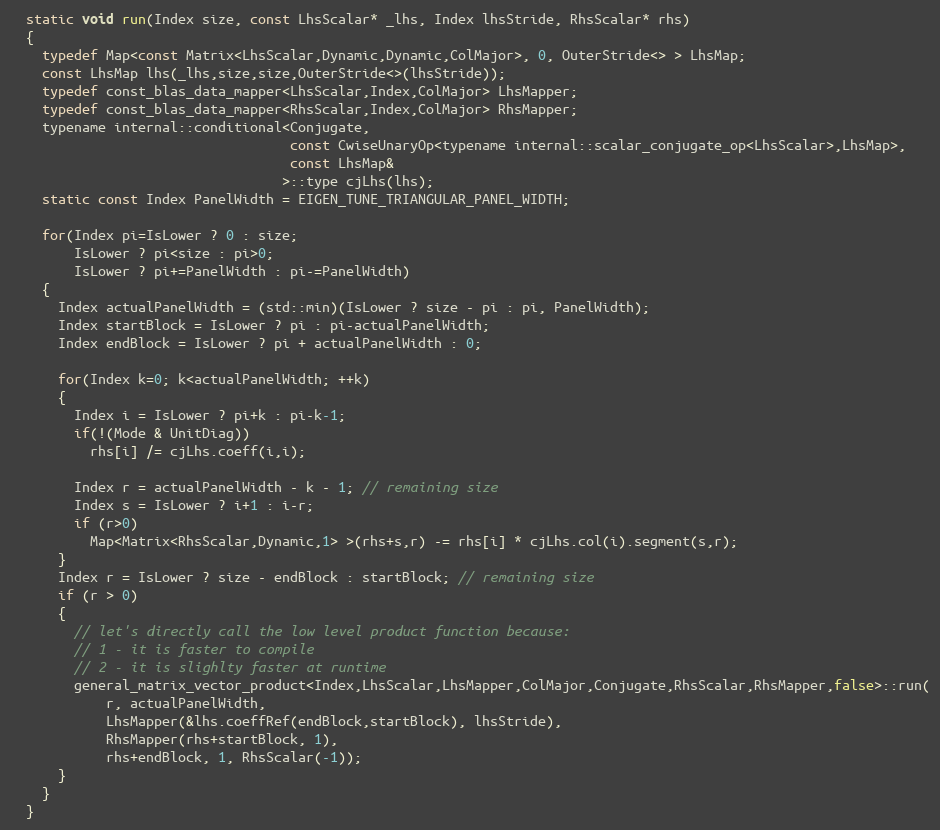
Language: C
  static void run(Index size, const LhsScalar* _lhs, Index lhsStride, RhsScalar* rhs)
  {
    typedef Map<const Matrix<LhsScalar,Dynamic,Dynamic,ColMajor>, 0, OuterStride<> > LhsMap;
    const LhsMap lhs(_lhs,size,size,OuterStride<>(lhsStride));
    typedef const_blas_data_mapper<LhsScalar,Index,ColMajor> LhsMapper;
    typedef const_blas_data_mapper<RhsScalar,Index,ColMajor> RhsMapper;
    typename internal::conditional<Conjugate,
                                   const CwiseUnaryOp<typename internal::scalar_conjugate_op<LhsScalar>,LhsMap>,
                                   const LhsMap&
                                  >::type cjLhs(lhs);
    static const Index PanelWidth = EIGEN_TUNE_TRIANGULAR_PANEL_WIDTH;

    for(Index pi=IsLower ? 0 : size;
        IsLower ? pi<size : pi>0;
        IsLower ? pi+=PanelWidth : pi-=PanelWidth)
    {
      Index actualPanelWidth = (std::min)(IsLower ? size - pi : pi, PanelWidth);
      Index startBlock = IsLower ? pi : pi-actualPanelWidth;
      Index endBlock = IsLower ? pi + actualPanelWidth : 0;

      for(Index k=0; k<actualPanelWidth; ++k)
      {
        Index i = IsLower ? pi+k : pi-k-1;
        if(!(Mode & UnitDiag))
          rhs[i] /= cjLhs.coeff(i,i);

        Index r = actualPanelWidth - k - 1; // remaining size
        Index s = IsLower ? i+1 : i-r;
        if (r>0)
          Map<Matrix<RhsScalar,Dynamic,1> >(rhs+s,r) -= rhs[i] * cjLhs.col(i).segment(s,r);
      }
      Index r = IsLower ? size - endBlock : startBlock; // remaining size
      if (r > 0)
      {
        // let's directly call the low level product function because:
        // 1 - it is faster to compile
        // 2 - it is slighlty faster at runtime
        general_matrix_vector_product<Index,LhsScalar,LhsMapper,ColMajor,Conjugate,RhsScalar,RhsMapper,false>::run(
            r, actualPanelWidth,
            LhsMapper(&lhs.coeffRef(endBlock,startBlock), lhsStride),
            RhsMapper(rhs+startBlock, 1),
            rhs+endBlock, 1, RhsScalar(-1));
      }
    }
  }